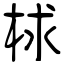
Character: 梂